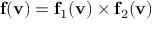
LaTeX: \mathbf { f } ( \mathbf { v } ) = \mathbf { f } _ { 1 } ( \mathbf { v } ) \times \mathbf { f } _ { 2 } ( \mathbf { v } )